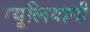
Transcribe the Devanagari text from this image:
ग्यूलियानी